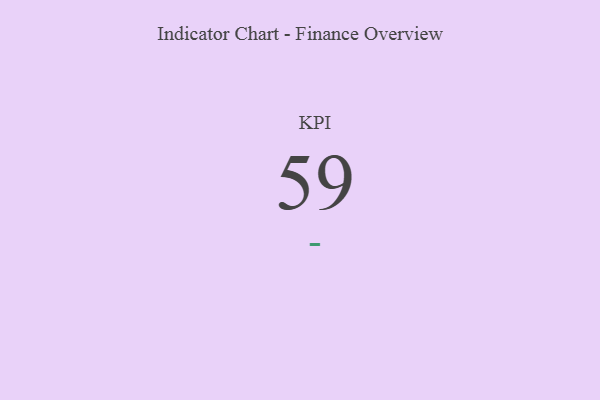
{"axis": {"x": "KPI", "y": "Value"}, "legend": [""], "data": [{"x": "KPI", "y": 59, "type": ""}]}